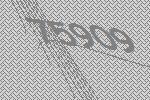
75909